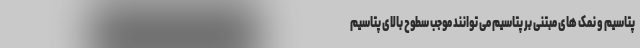
پتاسیم و نمک های مبتنی بر پتاسیم می توانند موجب سطوح بالای پتاسیم